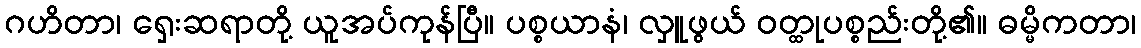
ဂဟိတာ၊ ရှေးဆရာတို့ ယူအပ်ကုန်ပြီ။ ပစ္စယာနံ၊ လှူဖွယ် ဝတ္ထုပစ္စည်းတို့၏။ ဓမ္မိကတာ၊